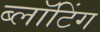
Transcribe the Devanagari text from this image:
ब्लॉटिंग